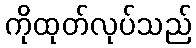
ကိုထုတ်လုပ်သည်